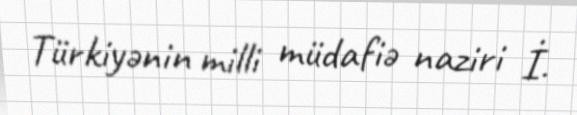
Türkiyənin milli müdafiə naziri İ.